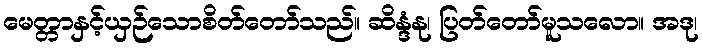
မေတ္တာနှင့်ယှဉ်သောစိတ်တော်သည်။ ဆိန္ဒံနု၊ ပြတ်တော်မူသလော။ အဒု၊